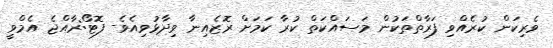
ވެރިކަން ކުރެއްވި ފަރާތްތަކުން މަސައްކަތް ކުރާ ކަމަށް ރޮޒެއިނާ ވިދާޅުވިއެވެ- ފޮޓޯ:ރާއްޖެ އެމްވީ